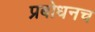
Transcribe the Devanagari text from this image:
प्रबोधनच